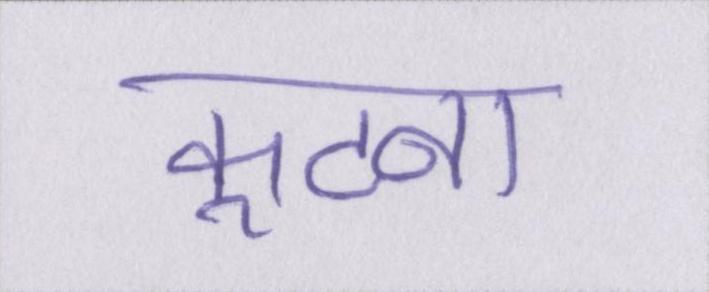
कूटना